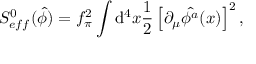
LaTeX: S _ { e f f } ^ { 0 } ( \hat { \phi } ) = f _ { \pi } ^ { 2 } \int \mathrm { d } ^ { 4 } x \frac { 1 } { 2 } \left[ \partial _ { \mu } \hat { \phi ^ { a } } ( x ) \right] ^ { 2 } ,